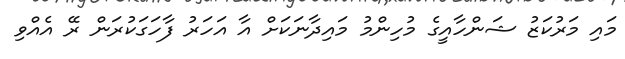
މައި މަރުކަޒު ޝަންހާއީގެ މުހިންމު މައިދާނަކަށް އާ އަހަރު ފާހަގަކުރަން ރޭ އެއްވި